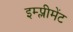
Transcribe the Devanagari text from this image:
इम्प्लीमेंट